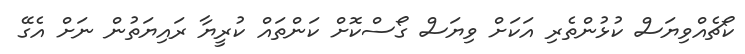
ކޯޗެއްވިޔަސް ކުޅުންތެރި އަކަށް ވިޔަސް ގޯސްކޮށް ކަންތައް ކުރީޔާ ރައިޔަތުން ނަށް އެގޭ